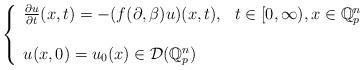
LaTeX: \begin{align*}\left\{\begin{array}{ll}\frac{\partial u}{\partial t}(x,t)=-(f(\mathcal{\partial },\beta )u)(x,t), & t\in \lbrack 0,\infty ),x\in \mathbb{Q}_{p}^{n} \\& \\u(x,0)=u_{0}(x)\in \mathcal{D}(\mathcal{\mathbf{\mathbb{Q}}}_{p}^{n}) &\end{array}\right. \end{align*}